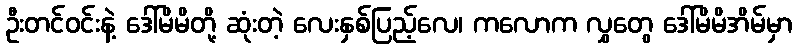
ဦးတင်ဝင်းနဲ့ ဒေါ်မိမိတို့ ဆုံးတဲ့ လေးနှစ်ပြည့်လေ၊ ကလောက လွှတွေ ဒေါ်မိမိအိမ်မှာ